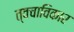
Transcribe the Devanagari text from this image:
त्वचाविकार